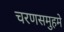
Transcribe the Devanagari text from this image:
चरणसमुहमे